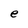
Character: e